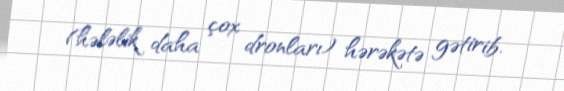
(hələlik daha çox dronları) hərəkətə gətirib.